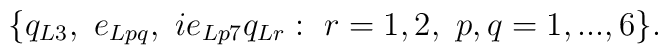
\{q_{L3}, \,\, e_{Lpq}, \,\, ie_{Lp7}q_{Lr}: \,\, r=1,2, \,\, p,q=1,...,6\}.